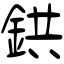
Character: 鉷